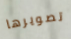
تصويرها